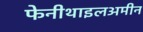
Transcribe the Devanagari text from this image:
फेनीथाइलअमीन